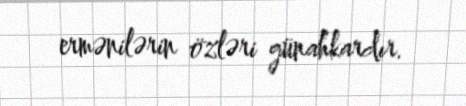
ermənilərin özləri günahkardır.